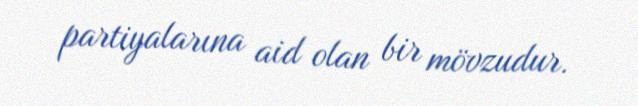
partiyalarına aid olan bir mövzudur.